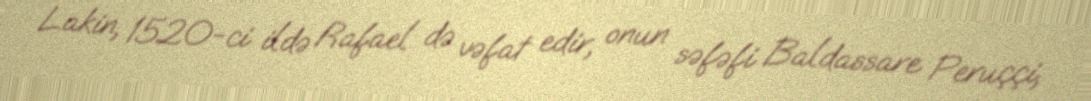
Lakin, 1520-ci ildə Rafael də vəfat edir, onun səfəfi Baldassare Peruççi,